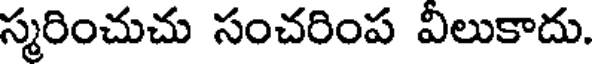
స్మరించుచు సంచరింప విలుకాదు.